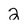
Character: 2